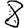
Digit: 8